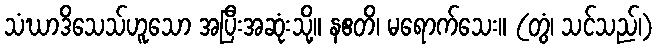
သံဃာဒိသေသ်ဟူသော အပြီးအဆုံးသို့။ နဧတိ၊ မရောက်သေး။ (တွံ၊ သင်သည်၊)